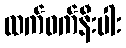
ထက်ဝက်နီးပါး